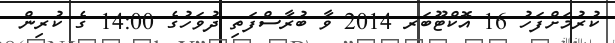
ކުރުމަށްފަހު 16 އޮކްޓޫބަރ 2014 ވާ ބުރާސްފަތި ދުވަހުގެ 14:00 ގެ ކުރިން